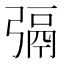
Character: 㣂